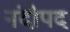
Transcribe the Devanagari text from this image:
नंदीपद